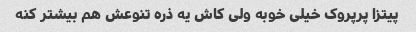
پیتزا پرپروک خیلی خوبه ولی کاش یه ذره تنوعش هم بیشتر کنه